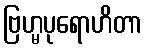
ဗြဟ္မပုရောဟိတာ